Papaver somniferum - Opium : an extract from the sixth volume of the Dictionary of Economic Products of India
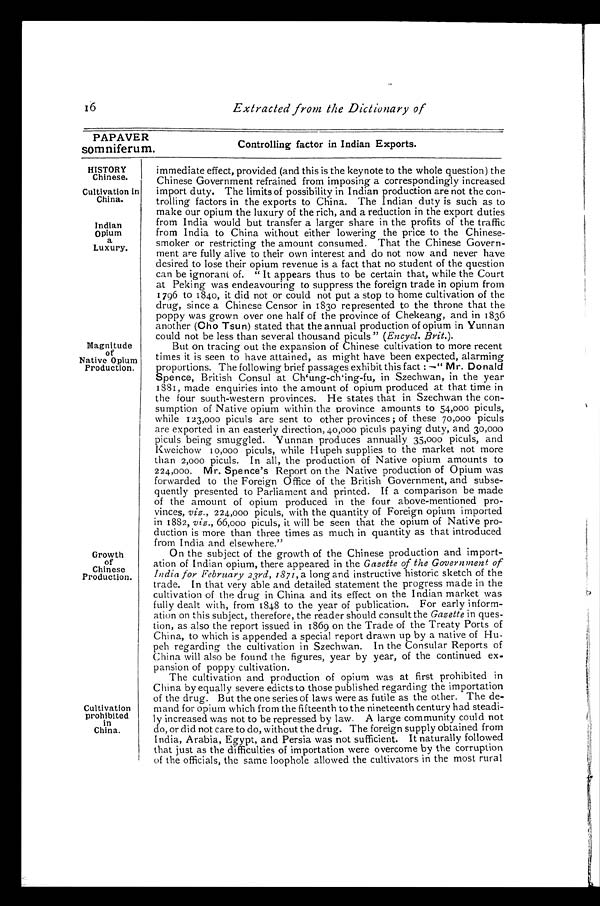
16
Extracted from the Dictionary of
PAPAVER
somniferum.
Controlling factor in Indian Exports.
HISTORY
Chinese.
Cultivation in
China.
Indian
Opium
a
Luxury.
Magnitude
of
Native Opium
Production.
Growth
of
Chinese
Production.
Cultivation
prohibited
in
China.
immediate effect, provided (and this is the keynote to the whole question) the
Chinese Government refrained from imposing a correspondingly increased
import duty. The limits of possibility in Indian production are not the con-
trolling factors in the exports to China. The Indian duty is such as to
make our opium the luxury of the rich, and a reduction in the export duties
from India would but transfer a larger share in the profits of the traffic
from India to China without either lowering the price to the Chinese-
smoker or restricting the amount consumed. That the Chinese Govern-
ment are fully alive to their own interest and do not now and never have
desired to lose their opium revenue is a fact that no student of the question
can be ignorant of. " It appears thus to be certain that, while the Court
at Peking was endeavouring to suppress the foreign trade in opium from
1796 to 1840, it did not or could not put a stop to home cultivation of the
drug, since a Chinese Censor in 1830 represented to the throne that the
poppy was grown over one half of the province of Chekeang, and in 1836
another (Cho Tsun) stated that the annual production of opium in Yunnan
could not be less than several thousand piculs " ( Encycl. Brit. ) .
But on tracing out the expansion of Chinese cultivation to more recent
times it is seen to have attained, as might have been expected, alarming
proportions. The following brief passages exhibit this fact: —" Mr. Donald
Spence, British Consul at Ch'ung-ch'ing-fu, in Szechwan, in the year
1881, made enquiries into the amount of opium produced at that time in
the four south-western provinces. He states that in Szechwan the con-
sumption of Native opium within the province amounts to 54,000 piculs,
while 123,000 piculs are sent to other provinces; of these 70,000 piculs
are exported in an easterly direction, 40,000 piculs paying duty, and 30,000
piculs being smuggled. Yunnan produces annually 35,000 piculs, and
Kweichow 10,000 piculs, while Hupeh supplies to the market not more
than 2,000 piculs. In all, the production of Native opium amounts to
224,000. Mr. Spence's Report on the Native production of Opium was
forwarded to the Foreign Office of the British Government, and subse-
quently presented to Parliament and printed. If a comparison be made
of the amount of opium produced in the four above-mentioned pro-
vinces, viz., 224,000 piculs, with the quantity of Foreign opium imported
in 1882, viz., 66,000 piculs, it will be seen that the opium of Native pro-
duction is more than three times as much in quantity as that introduced
from India and elsewhere."
On the subject of the growth of the Chinese production and import-
ation of Indian opium, there appeared in the Gazette of the Government of
India for February 23rd, 1871, a long and instructive historic sketch of the
trade. In that very able and detailed statement the progress made in the
cultivation of the drug in China and its effect on the Indian market was
fully dealt with, from 1848 to the year of publication. For early inform-
ation on this subject, therefore, the reader should consult the Gazette in ques-
tion, as also the report issued in 1869 on the Trade of the Treaty Ports of
China, to which is appended a special report drawn up by a native of Hu-
peh regarding the cultivation in Szechwan. In the Consular Reports of
China will also be found the figures, year by year, of the continued ex-
pansion of poppy cultivation.
The cultivation and production of opium was at first prohibited in
China by equally severe edicts to those published regarding the importation
of the drug. But the one series of laws were as futile as the other. The de-
mand for opium which from the fifteenth to the nineteenth century had steadi-
ly increased was not to be repressed by law. A large community could not
do, or did not care to do, without the drug. The foreign supply obtained from
India, Arabia, Egypt, and Persia was not sufficient. It naturally followed
that just as the difficulties of importation were overcome by the corruption
of the officials, the same loophole allowed the cultivators in the most rural